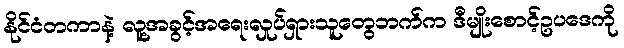
နိုင်ငံတကာနဲ့ လူ့အခွင့်အရေးလှုပ်ရှားသူတွေဘက်က ဒီမျိုးစောင့်ဥပဒေကို